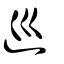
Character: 廵